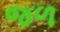
જળ